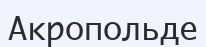
Акропольде